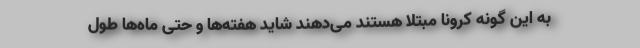
به این گونه کرونا مبتلا هستند می‌دهند شاید هفته‌ها و حتی ماه‌ها طول